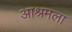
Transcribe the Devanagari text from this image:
आश्रमला